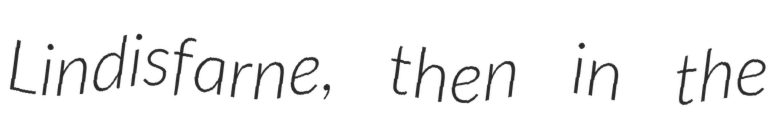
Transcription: Lindisfarne, then in the